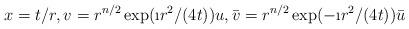
LaTeX: \begin{align*}x = t / r,v = r^{n/2} \exp(\i r^2 /(4t)) u,\bar{v} = r^{n/2} \exp(-\i r^2 /(4t)) \bar{u}\end{align*}